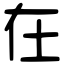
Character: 在